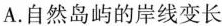
A.自然岛屿的岸线变长